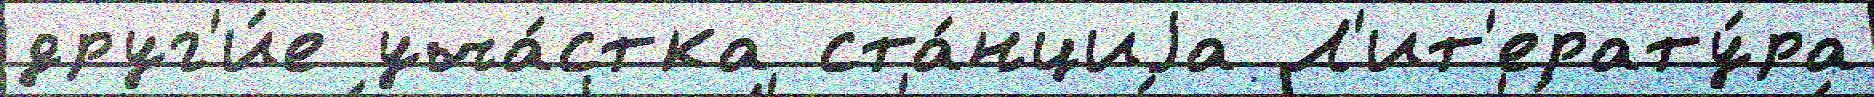
друг'и́е уча́стка ста́нциjа Л'ит'ерату́ра